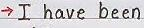
-> I have been